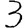
Digit: 3